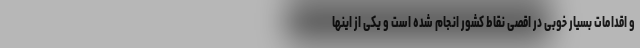
و اقدامات بسیار خوبی در اقصی نقاط کشور انجام شده است و یکی از اینها